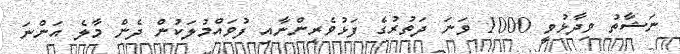
ނަޝާތު ވިދާޅުވީ 1000 ވަނަ ދަތުރުގެ ފަޅުވެރިންނާއި ފުވައްމުލަކުން ދެން މާލެ އަންނަ